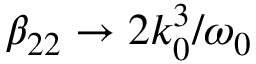
\beta _ { 2 2 } \to 2 k _ { 0 } ^ { 3 } / \omega _ { 0 }